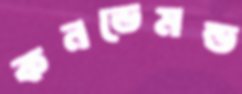
কনডেমন্ড